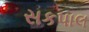
સકપાલ